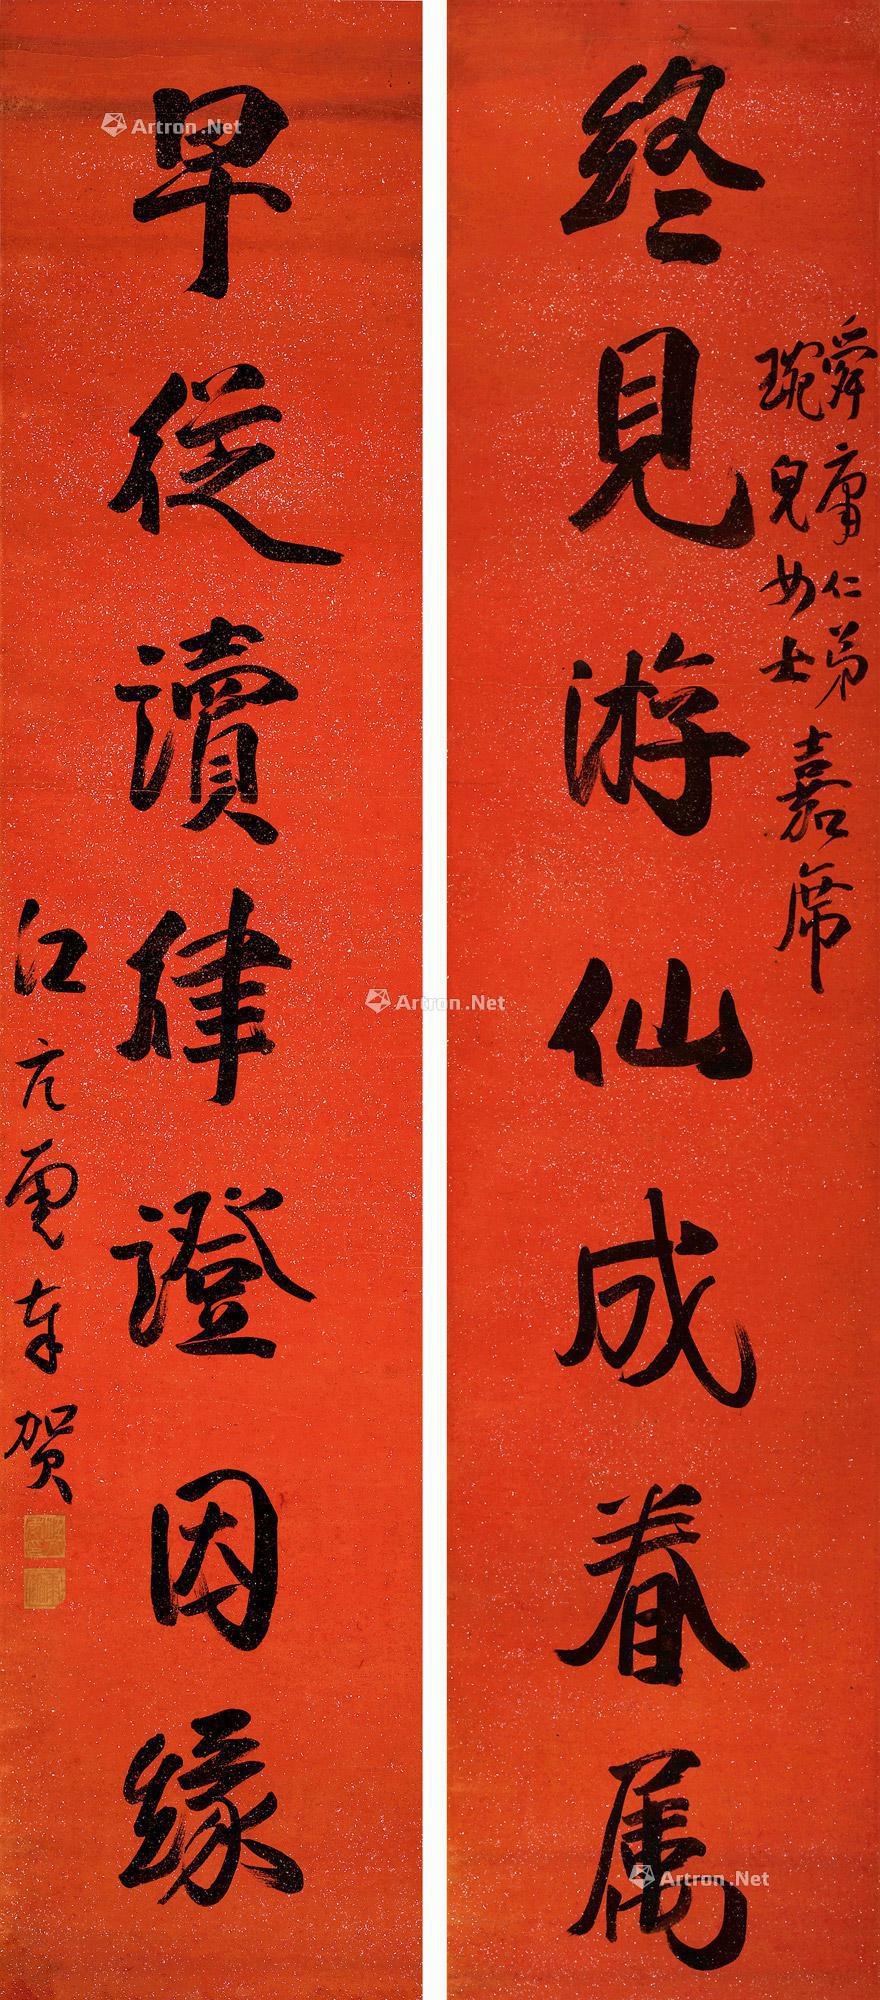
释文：终见游仙成眷属，早从读律证因缘。舜庸仁弟、琬儿女士嘉席，江亢虎奉贺。